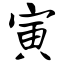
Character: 寅